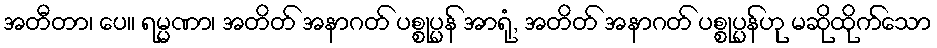
အတီတာ၊ ပေ။ ရမ္မဏာ၊ အတိတ် အနာဂတ် ပစ္စုပ္ပန် အာရုံ, အတိတ် အနာဂတ် ပစ္စုပ္ပန်ဟု မဆိုထိုက်သော